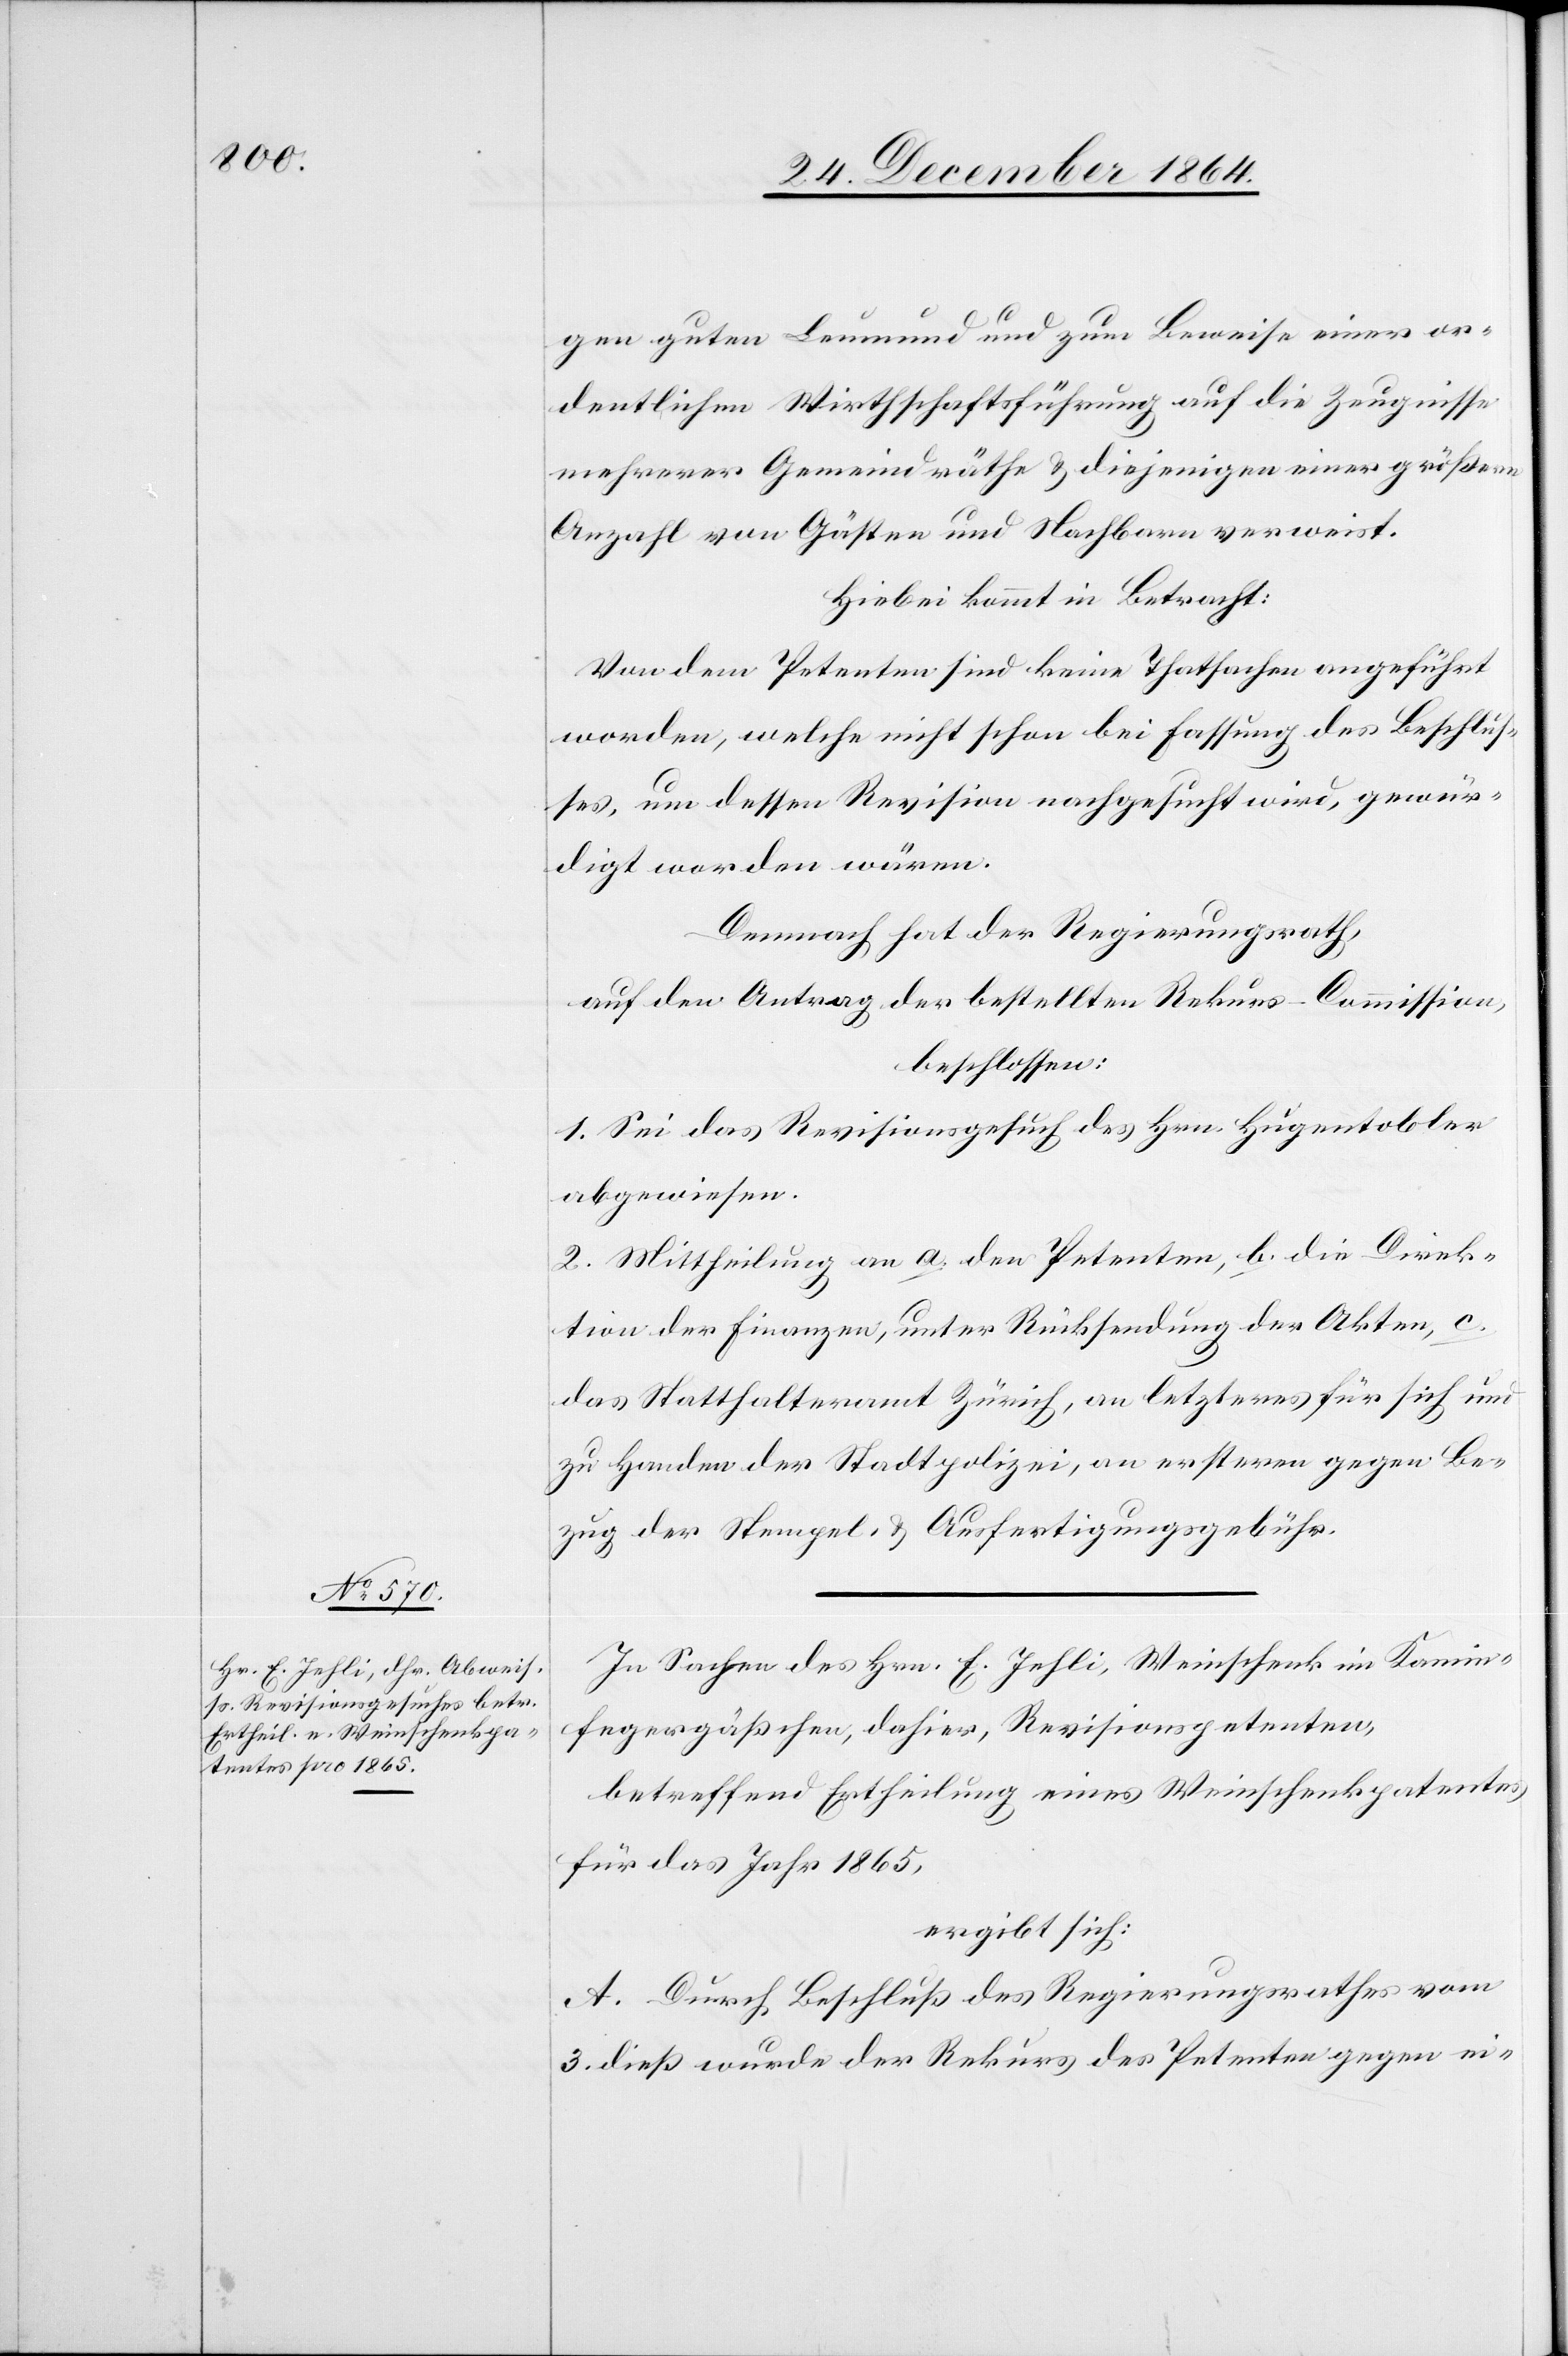
gen guten Leumund und zum Beweise einer or¬
dentlichen Wirthschaftsführung auf die Zeugnisse
mehrerer Gemeindräthe & diejenigen einer größern
Anzahl von Gästen und Nachbarn verweist.
Hiebei kommt in Betracht:
Von dem Petenten sind keine Thatsachen angeführt
worden, welche nicht schon bei der Fassung des Beschlus¬
ses, um dessen Revision nachgesucht wird, gewür¬
digt worden wären.
Demnach hat der Regierungsrath,
auf den Antrag der verordneten Rekurs-Commission,
beschlossen:
1. Sei das Revisionsgesuch des Hrn. Hugentobler
abgewiesen.
2. Mittheilung an a. den Petenten, b. die Direk¬
tion der Finanzen, unter Rücksendung der Akten, c.
das Statthalteramt Zürich, an letzteres für sich und
zu Handen der Stadtpolizei, an ersteren gegen Be¬
zug der Stempel- & Ausfertigungsgebühr.
In Sachen des Hrn. E. Jehli, Weinschenk im Kamin¬
fegergäßchen, dahier, Revisionspetenten,
betreffend Ertheilung eines Weinschenkpatentes
für das Jahr 1865,
ergibt sich:
A. Durch Beschluß des Regierungsrathes vom
3. dieß wurde der Rekurs des Petenten gegen ei-